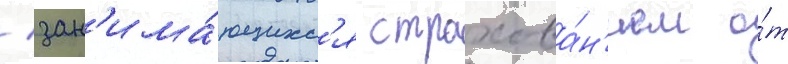
/ зан'има́ющихс'я страхова́н'ием о́т